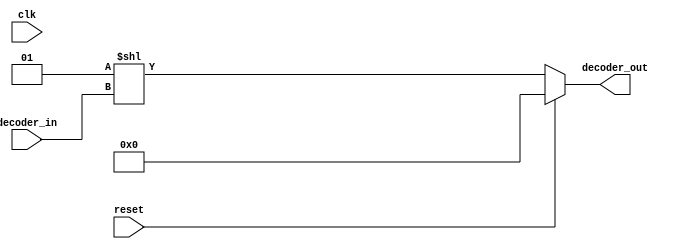
`timescale 1ns / 1ps
//////////////////////////////////////////////////////////////////////////////////
// Company: 
// Engineer: 
// 
// Design Name: 
// Module Name:    tcam_decoder 
// Project Name: 
// Target Devices: 
// Tool versions: 
// Description: 
//
// Dependencies: 
//
// Revision: 
// Revision 0.01 - File Created
// Additional Comments: 
//
//////////////////////////////////////////////////////////////////////////////////
module netwalk_decoder
#(parameter DECODER_IN_WIDTH=8)
(
clk,
reset,
decoder_in,
decoder_out
);

parameter DECODER_OUT_WIDTH=1<<DECODER_IN_WIDTH;
input clk;
input reset;
input [DECODER_IN_WIDTH-1:0]decoder_in;
output reg [DECODER_OUT_WIDTH-1:0]decoder_out;

always@(*)begin
	if(!reset)begin
	 	       decoder_out <= (1 << decoder_in);
	  end
	else begin
	  decoder_out <= 0;
	end	
end
endmodule